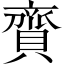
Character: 𧷔